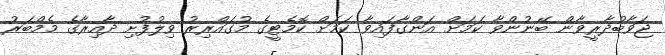
ޖަވާބުދާރީވާން ބޭނުންވާ ކަމަށް އަންގާފައިވާ ކަމަށް ކޮމެޓީގެ މުގައްރިރު ވިލުފުށި ދާއިރާގެ މެމްބަރު